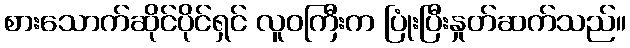
စားသောက်ဆိုင်ပိုင်ရှင် လူဝကြီးက ပြုံးပြီးနှုတ်ဆက်သည်။